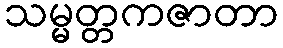
သမ္မတ္တကဇာတာ